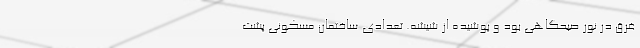
غرق در نور صبحگاهی بود و پوشیده از شیشه. تعدادی ساختمان مسکونی پشت